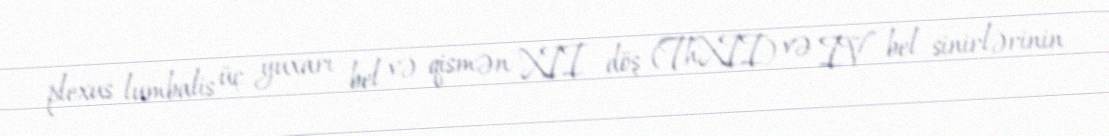
plexus lumbalis üç yuxarı bel və qismən XII döş (ThXII) və IV bel sinirlərinin